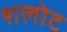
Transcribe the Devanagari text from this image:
शलोट